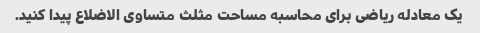
یک معادله ریاضی برای محاسبه مساحت مثلث متساوی الاضلاع پیدا کنید.